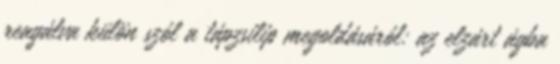
reagálva külön szól a tápzsilip megoldásáról: az elzárt ágba